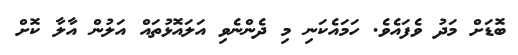
ބޮޑަށް މަދު ވެފައެވެ. ހަމައެކަނި މި ދެންނެވި އަލައޮޅުތައް އަލުން އާލާ ކޮށް